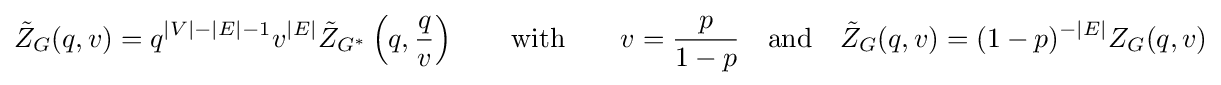
{\tilde {Z}}_{G}(q,v)=q^{|V|-|E|-1}v^{|E|}{\tilde {Z}}_{G^{*}}\left(q,{\frac {q}{v}}\right)\qquad {\text{with}}\qquad v={\frac {p}{1-p}}\quad {\text{and}}\quad {\tilde {Z}}_{G}(q,v)=(1-p)^{-|E|}Z_{G}(q,v)